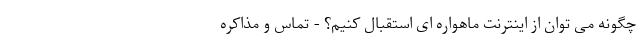
چگونه می توان از اینترنت ماهواره ای استقبال کنیم؟ - تماس و مذاکره